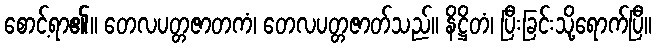
စောင့်ရာ၏။ တေလပတ္တဇာတကံ၊ တေလပတ္တဇာတ်သည်။ နိဋ္ဌိတံ၊ ပြီးခြင်းသို့ရောက်ပြီ။